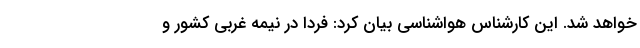
خواهد شد. این کارشناس هواشناسی بیان کرد: فردا در نیمه غربی کشور و